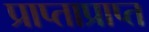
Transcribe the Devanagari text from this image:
प्राप्ताप्राप्त